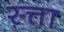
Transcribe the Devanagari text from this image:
स्त्ता